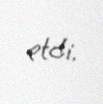
etdi.